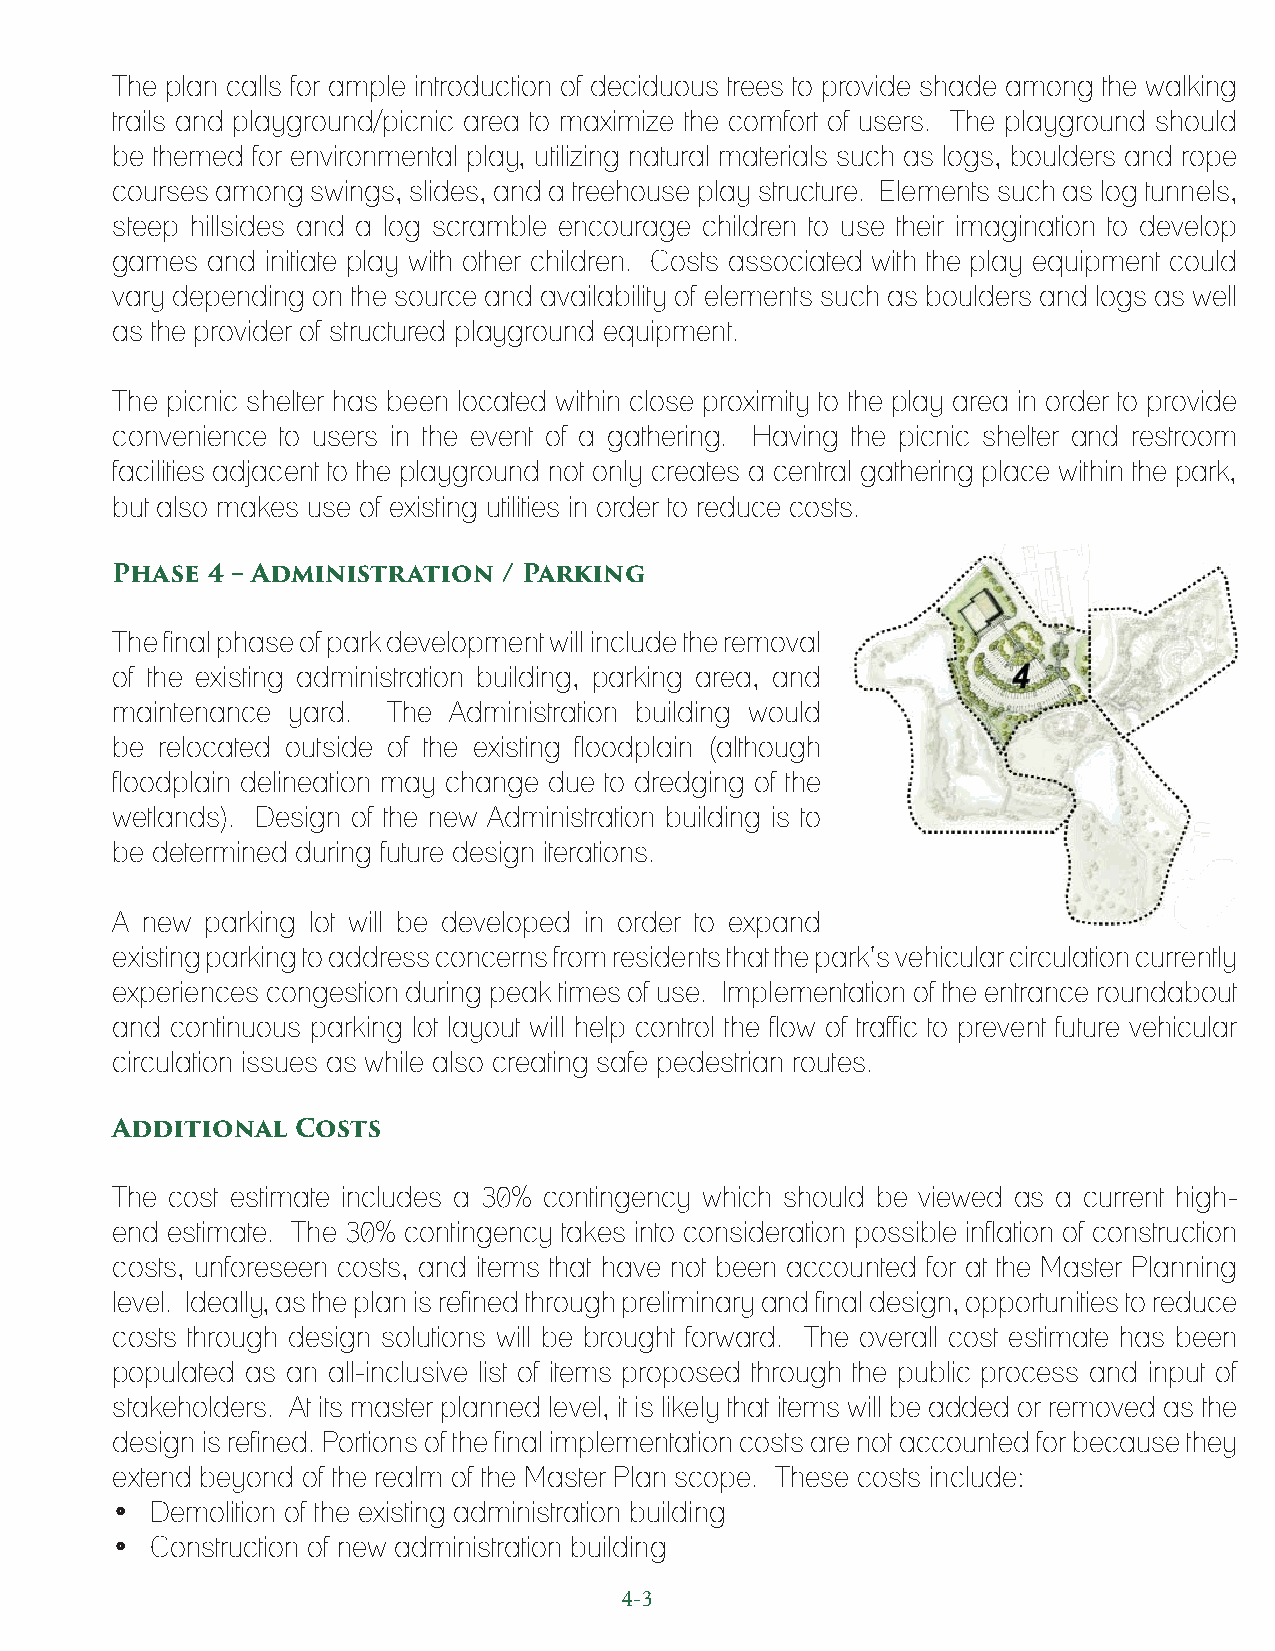
The plan calls for ample introduction of deciduous trees to provide shade among the walking
 trails and playground/picnic area to maximize the comfort of users. The playground should
 be themed for environmental play, utilizing natural materials such as logs, boulders and rope
 courses among swings, slides, and a treehouse play structure. Elements such as log tunnels,
 steep hillsides and a log scramble encourage children to use their imagination to develop
 games  and initiate play with other children. Costs associated with the play equipment could
 vary depending on the source and availability of elements such as boulders and logs as well
 as the provider of structured playground equipment.
 The picnic shelter has been located within close proximity to the play area in order to provide
 convenience to users in the event of a gathering. Having the picnic shelter and restroom
 facilities adjacent to the playground not only creates a central gathering place within the park,
 but also makes use of existing utilities in order to reduce costs.
 Phase  4 – Administration / Parking
 The final phase of park development will include the removal
 of the existing administration building, parking area, and
 maintenance yard.  The Administration building would
 be relocated outside of the existing floodplain (although
 floodplain delineation may change due to dredging of the
 wetlands). Design of the new Administration building is to
 be determined during future design iterations.
 A new  parking lot will be developed in order to expand
 existing parking to address concerns from residents that the park’s vehicular circulation currently
 experiences congestion during peak times of use. Implementation of the entrance roundabout
 and continuous parking lot layout will help control the flow of traffic to prevent future vehicular
 circulation issues as while also creating safe pedestrian routes.
 Additional   Costs
 The cost estimate includes a 30% contingency which should be viewed as a current high-
 end estimate. The 30% contingency takes into consideration possible inflation of construction
 costs, unforeseen costs, and items that have not been accounted for at the Master Planning
 level. Ideally, as the plan is refined through preliminary and final design, opportunities to reduce
 costs through design solutions will be brought forward. The overall cost estimate has been
 populated as an all-inclusive list of items proposed through the public process and input of
 stakeholders. At its master planned level, it is likely that items will be added or removed as the
 design is refined. Portions of the final implementation costs are not accounted for because they
 extend beyond of the realm of the Master Plan scope. These costs include:
 •  Demolition of the existing administration building
 •  Construction of new administration building
 4-3